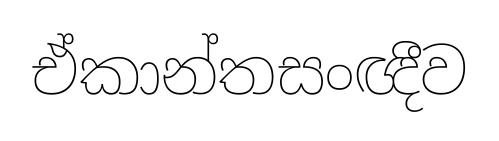
ඒකාන්තසංඥීව